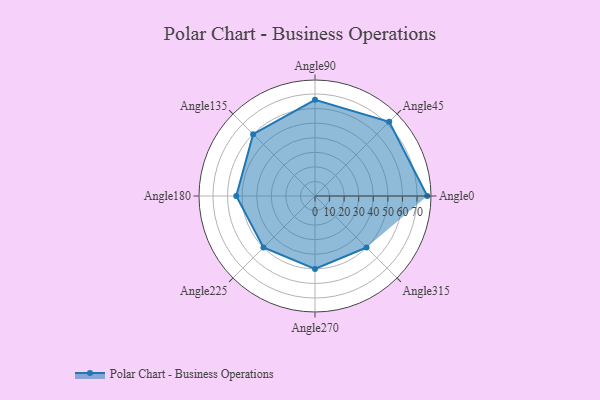
{"axis": {"x": "Angle", "y": "Radius"}, "legend": [""], "data": [{"x": "Angle0", "y": 77.0, "type": ""}, {"x": "Angle45", "y": 72.0, "type": ""}, {"x": "Angle90", "y": 66.0, "type": ""}, {"x": "Angle135", "y": 60.0, "type": ""}, {"x": "Angle180", "y": 54.0, "type": ""}, {"x": "Angle225", "y": 50, "type": ""}, {"x": "Angle270", "y": 50, "type": ""}, {"x": "Angle315", "y": 50, "type": ""}]}